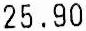
25.90